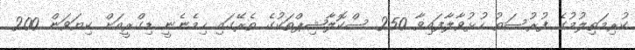
ކުރިމަތިލުމުގެ ފުރުސަތު ހުޅުވާލާފައިވާ 250 ސްކޮލާޝިޕްތަކުގެ ތެރޭގައި ހިމެނެނީ ޑިގްރީއަށް ކިޔަވަން 200